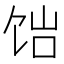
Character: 𬲴